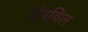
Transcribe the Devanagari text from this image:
ग्रॅनविल